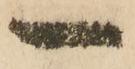
一